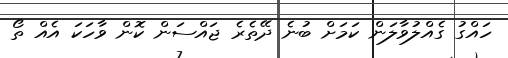
ހައްގު ގެއްލުވާލަން ކަމަށް ބުނެ ދޭތެރެ ޖައްސަން ކޮން ވާހަކަ އެއް ތޯ